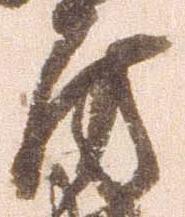
房